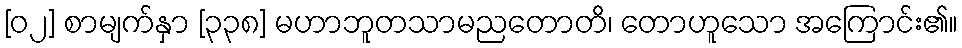
[၀၂] စာမျက်နှာ [၃၃၈] မဟာဘူတသာမညတောတိ၊ တောဟူသော အကြောင်း၏။